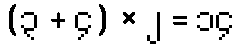
(၃ + ၄) × ၂ = ၁၄